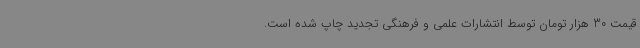
قیمت 30 هزار تومان توسط انتشارات علمی و فرهنگی تجدید چاپ شده است.